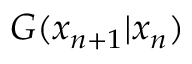
G ( x _ { n + 1 } | x _ { n } )